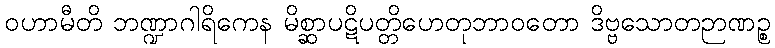
ဝဟာမီတိ ဘဏ္ဍာဂါရိကေန မိစ္ဆာပဋိပတ္တိဟေတုဘာဝတော ဒိဗ္ဗသောတဉာဏဉ္စ